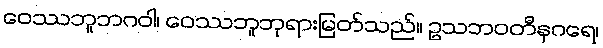
ဝေဿဘူဘဂဝါ၊ ဝေဿဘူဘုရားမြတ်သည်။ ဥသဘဝတီနဂရေ၊